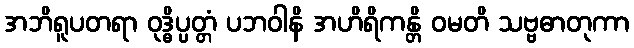
အဘိရူပတရာ ဝုဒ္ဓိပ္ပတ္တံ ပဘဝါနိ အဟိရိကန္တိ ဝမတိ သဗ္ဗဓာတုကာ